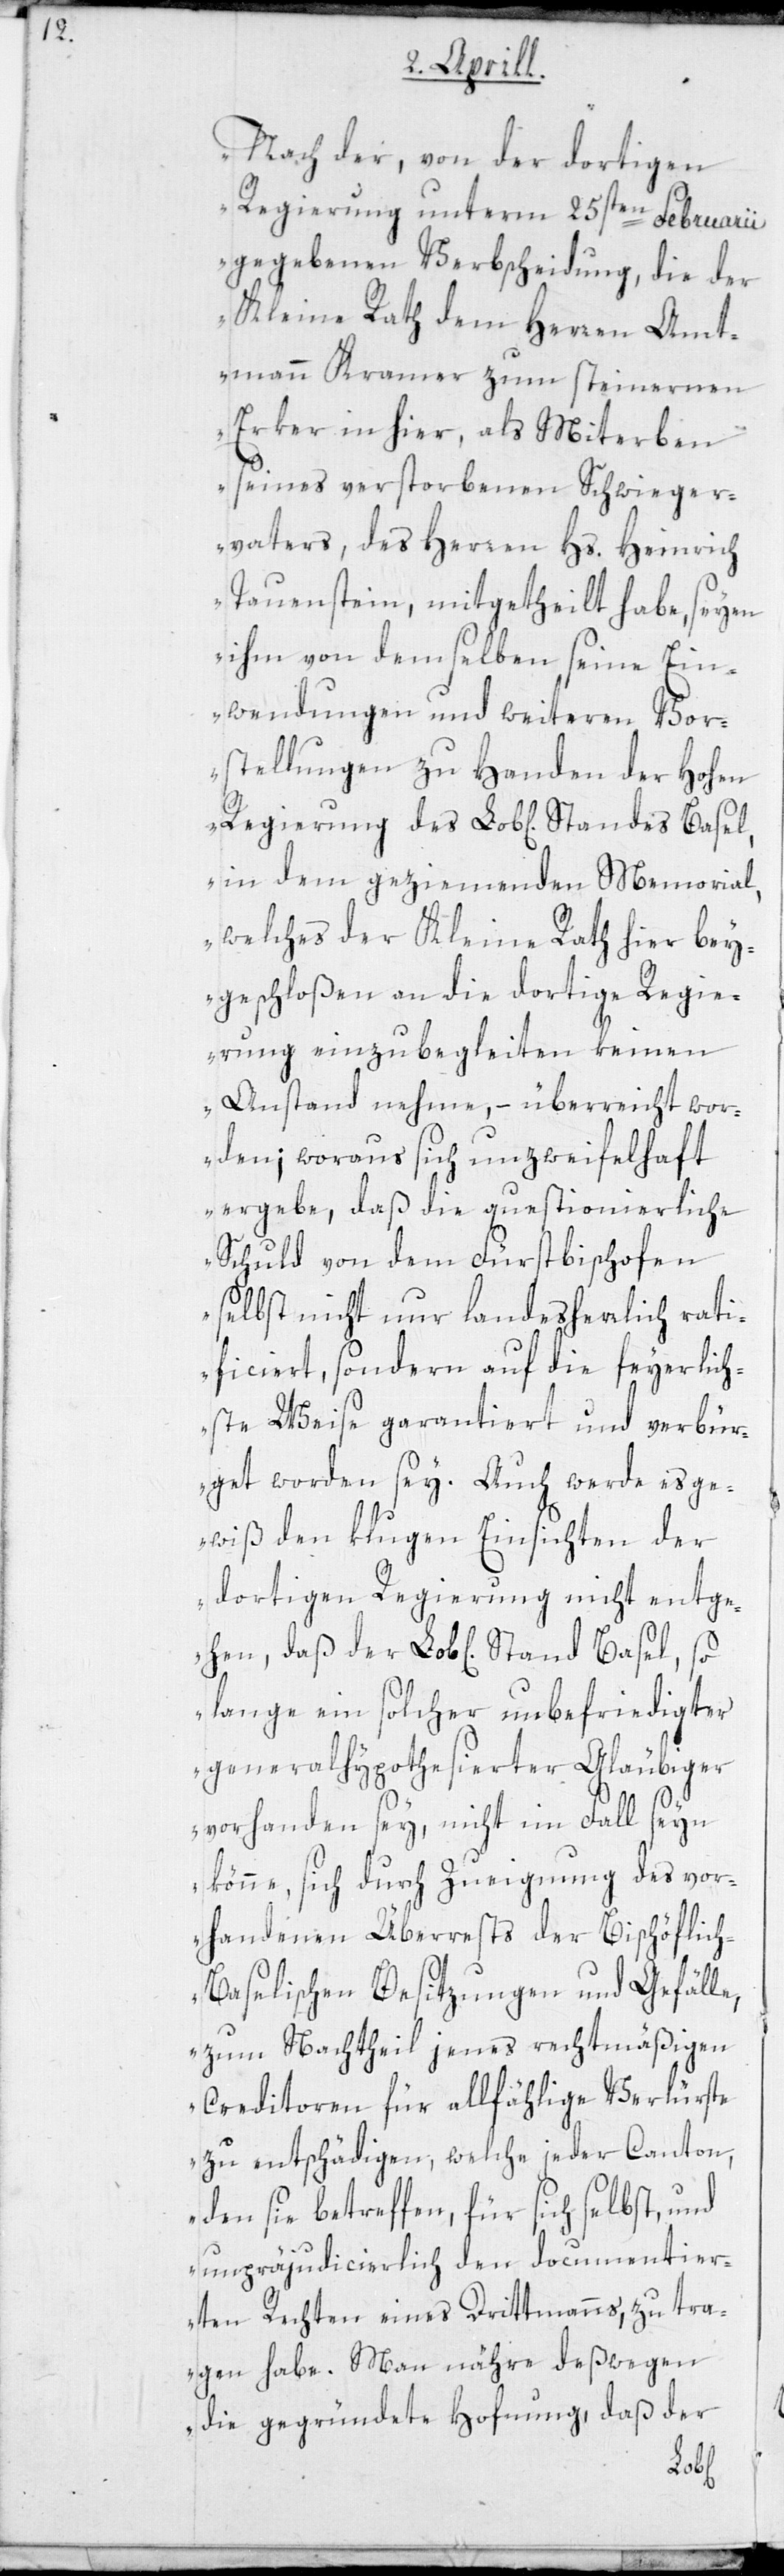
„Nach der, von der dortigen
Regierung unterm 25sten Februarii
gegebenen Verbscheidung, die der
Kleine Rath dem Herren Amt¬
mann Kramer zum steinernen
Erker in hier, als Miterben
seines verstorbenen Schwieger¬
vaters, des Herren Hs. Heinrich
Tauenstein, mitgetheilt habe, seyen
ihm von demselben seine Ein¬
wendungen und weiteren Vor¬
stellungen zu Handen der hohen
in dem geziemenden Memorial,
welches der Kleine Rath hier bey¬
geschloßen an die dortige Regie¬
rung einzubegleiten keinen
Anstand nehme, – überreicht wor¬
den; woraus sich unzweifelhaft
ergebe, daß die questionierliche
Schuld von dem Fürstbischofen
selbst nicht nur landesherrlich rati¬
ficiert, sondern auf die feyerlich¬
ste Weise garantiert und verbür¬
get worden sey. Auch werde es ge¬
wiß den klugen Einsichten der
dortigen Regierung nicht entge¬
lange ein solcher unbefriedigter
generalhypothesierter Gläubiger
vorhanden sey, nicht im Fall seyn
könne, sich durch Zueignung des vor¬
handenen Überrests der Bischöflic¬
h-Baselischen Besitzungen und Gefälle,
zum Nachtheil jenes rechtmäßigen
Creditoren für allfählige Verlürste
zu entschädigen, welche jeder Canton,
den sie betreffen, für sich selbst, und
unpräjudicierlich den documentier¬
ten Rechten eines Drittmanns, zu tra¬
gen habe. Man nähre deßwegen
die gegründete Hoffnung, daß der
hen,